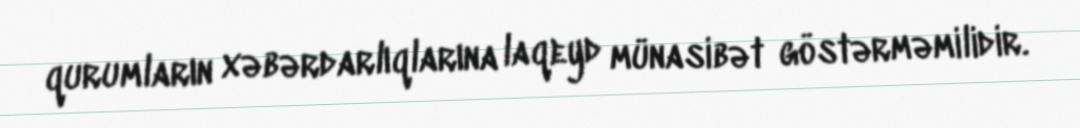
qurumların xəbərdarlıqlarına laqeyd münasibət göstərməmilidir.